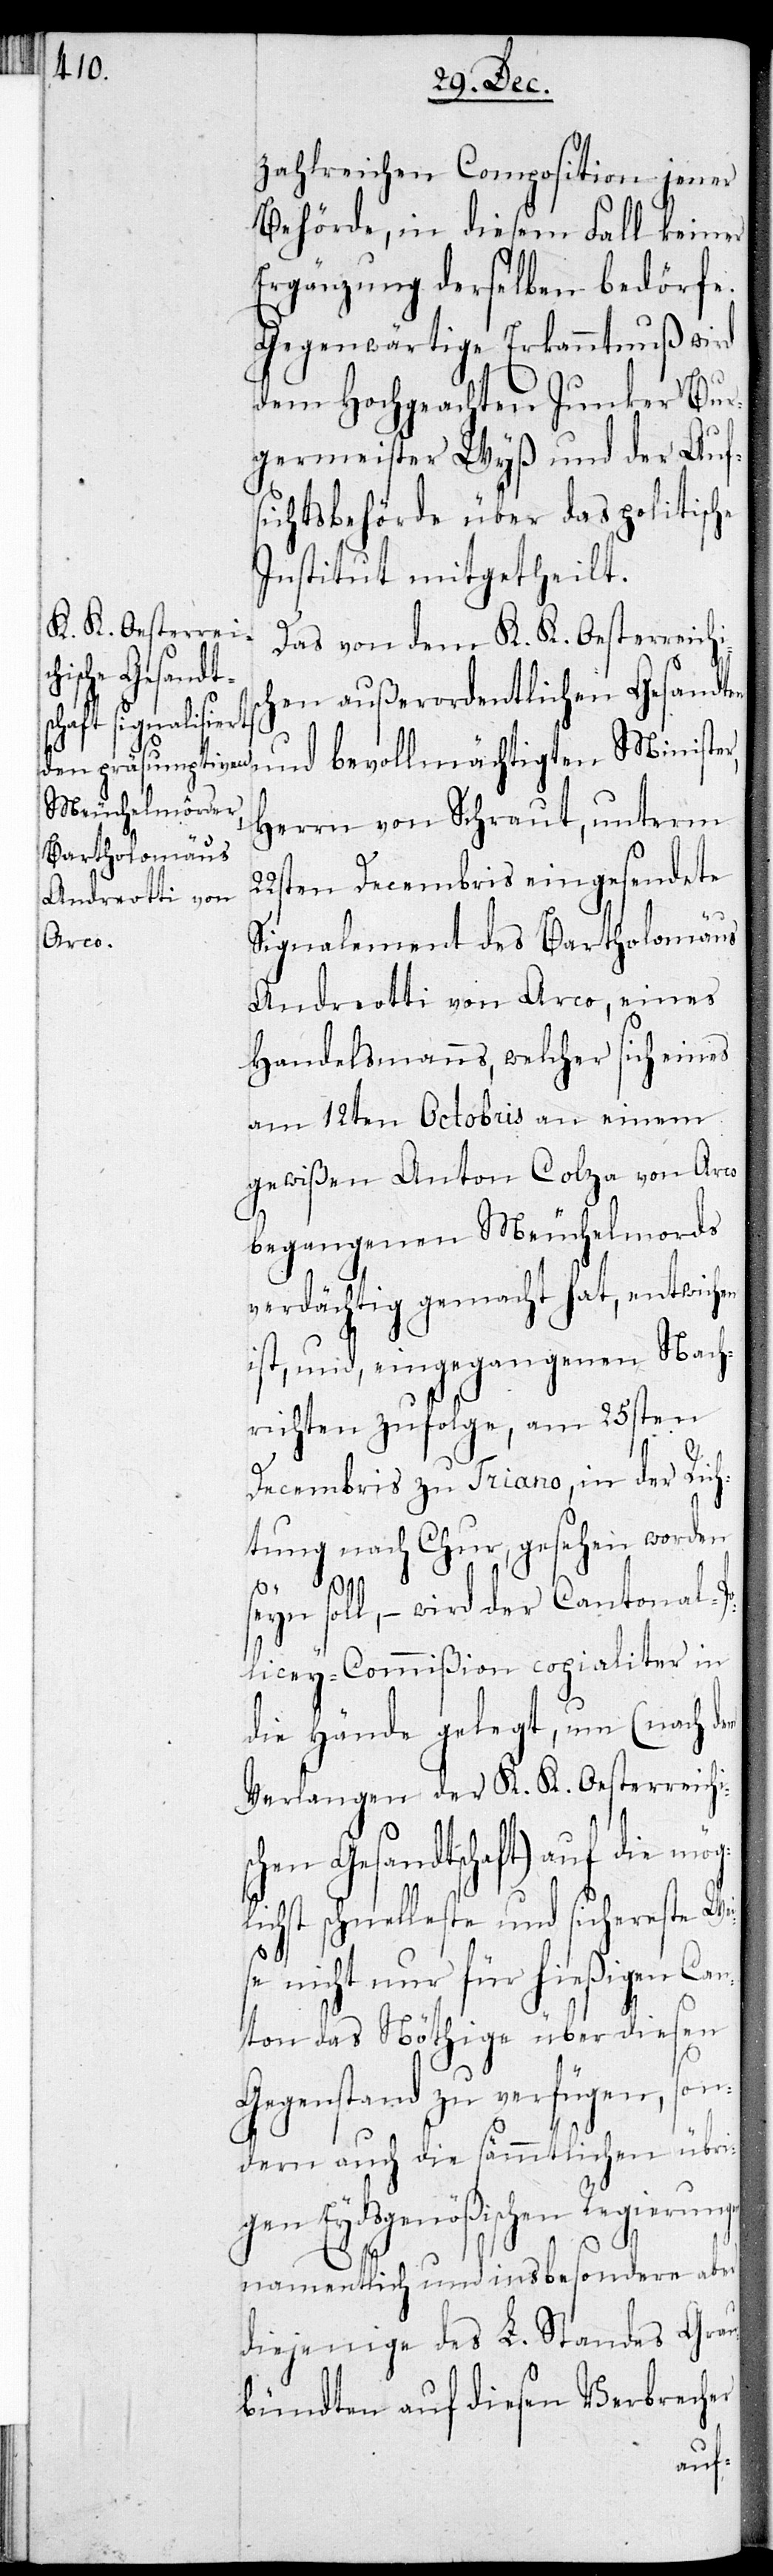
en

reichen Composition jener
Behörde, in diesem Fall keiner
Ergänzung derselben bedörfe.
Gegenwärtige Erkanntnuß wird
dem Hochgeachten Junker Bur¬
germeister Wyß und der Aufs¬
ichtsbehörde über das politische
Institut mitgeteilt.
Das von dem K. K. Oesterreichi¬
chen außerordentlichen Gesandten
und bevollmächtigten Ministe¬
Herrn von Schraut, unterm
22sten Decembris eingesendete
Signalement des Bartholomäus
Andreotti von Arco, eines
Handelsmanns, welcher sich eines
am 12ten Octobris an einem
gewißen Anton Colza von Arco
begangenen Meuchelmords
verdächtig gemacht hat, entwichen
st, und, eingegangenen Nach¬
richten zufolge, am 25sten
Decembris zu Triano, in der Rich¬
tung nach Chur, gesehen worden
eyn soll, – wird der Cantonal-P¬
olizey-Commißion copialiter in
die Hände gelegt, um (nach dem
Verlangen der K. K. Oesterreich¬
chen Gesandtschaft) auf die
ichst schnelleste und sicherste We¬
se nicht nur für hießigen Can¬
ton das Nöthige über diesen
Gegenstand zu verfügen, son¬
dern auch die sämmtlichen übri¬
gen Eydsgenößischen Regierung¬
namentlich und insbesondere aber
diejenige des L. Standes Grau¬
bündten auf diesen Verbrecher